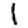
Digit: 1